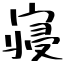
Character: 寝